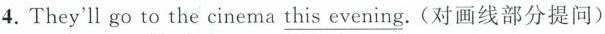
4.They'll go to the cinema \underline{this evening}. (对画线部分提问)